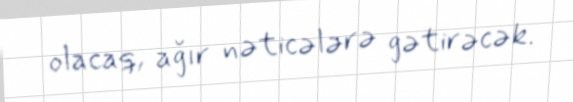
olacaq, ağır nəticələrə gətirəcək.